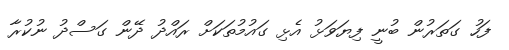
ފަހު ގަތަރުން ބުނީ ފިޔަވަޅު އެޅި ގައުމުތަކަށް ރައްދު ދޭން ގަސްދު ނުކުރާ